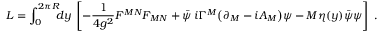
{ \cal L } = \int _ { 0 } ^ { 2 \pi R } \! \! \! d y \, \left[ - \frac { 1 } { 4 g ^ { 2 } } F ^ { M N } F _ { M N } + \bar { \psi } \, i \Gamma ^ { M } \big ( \partial _ { M } - i A _ { M } \big ) \psi - M \eta ( y ) \bar { \psi } \psi \right] \; .